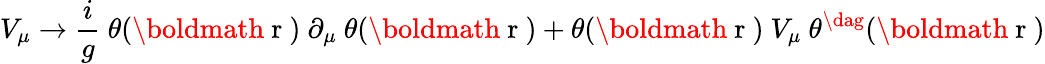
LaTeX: V_{\mu}\rightarrow\frac{i}{g}~\theta(\mathrm{\boldmath~r~})~\partial_{\mu}~\theta(\mathrm{\boldmath~r~})+\theta(\mathrm{\boldmath~r~})~V_{\mu}~\theta^{\dag}(\mathrm{\boldmath~r~})